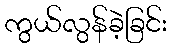
ကွယ်လွန်ခဲ့ခြင်း